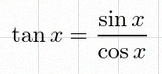
\tan x=\frac{\sin x}{\cos x}